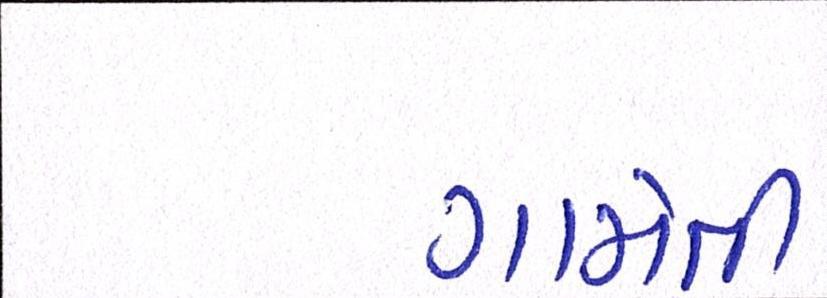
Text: ગામેતી